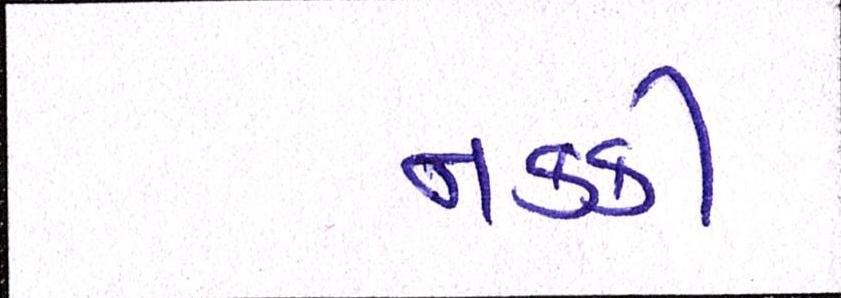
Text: નકકી